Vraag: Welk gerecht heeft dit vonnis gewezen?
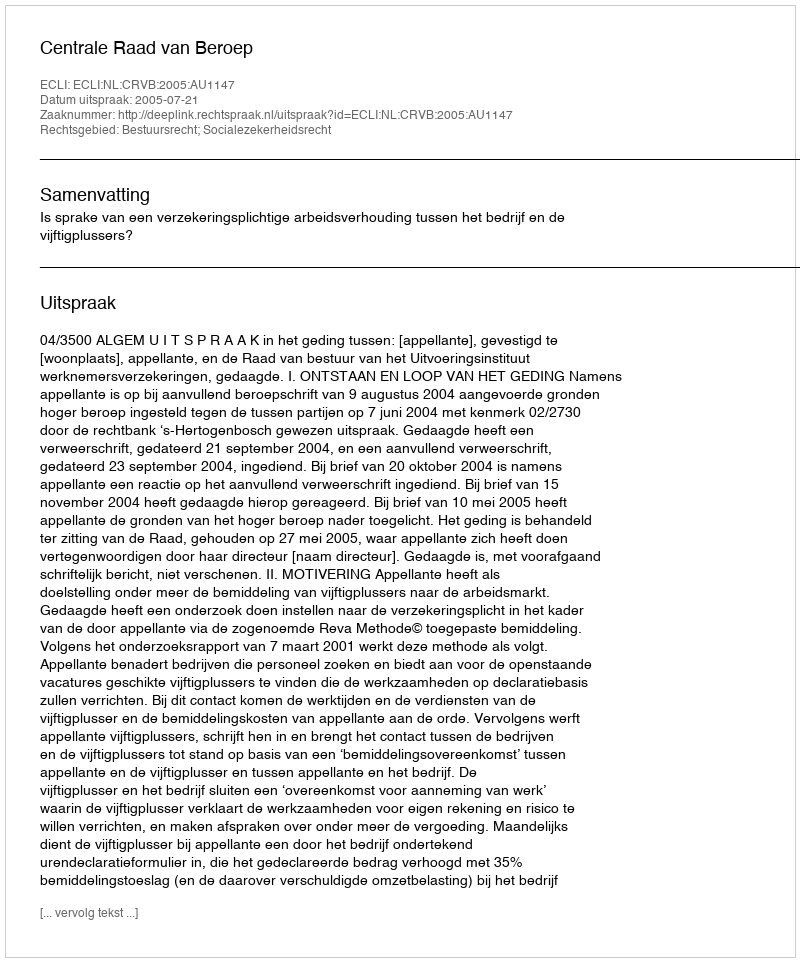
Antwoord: Centrale Raad van Beroep